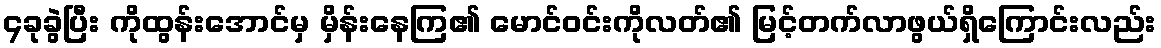
၄ခုခွဲပြီး ကိုထွန်းအောင်မှ မှိန်းနေကြ၏ မောင်ဝင်းကိုလတ်၏ မြင့်တက်လာဖွယ်ရှိကြောင်းလည်း